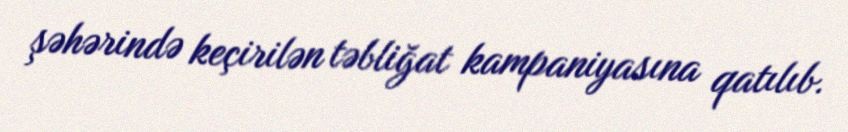
şəhərində keçirilən təbliğat kampaniyasına qatılıb.